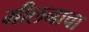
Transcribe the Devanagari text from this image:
मीलनाचा